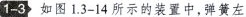
1-3 如图1.3-14所示的装置中，弹簧左